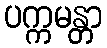
ပက္ကမန္တာ